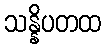
သန္နိပတထ